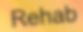
Rehab